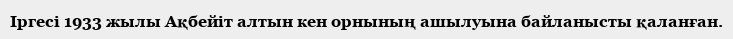
Іргесі 1933 жылы Ақбейіт алтын кен орнының ашылуына байланысты қаланған.